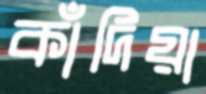
কাঁদিয়া